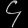
Digit: ၄